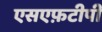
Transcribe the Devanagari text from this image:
एसएफ़टीपी